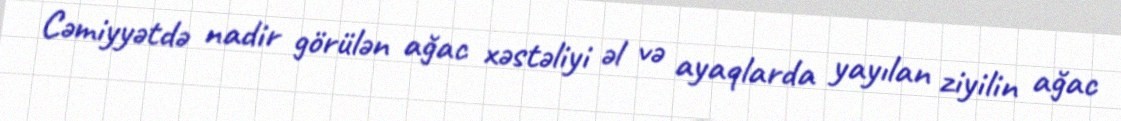
Cəmiyyətdə nadir görülən ağac xəstəliyi əl və ayaqlarda yayılan ziyilin ağac